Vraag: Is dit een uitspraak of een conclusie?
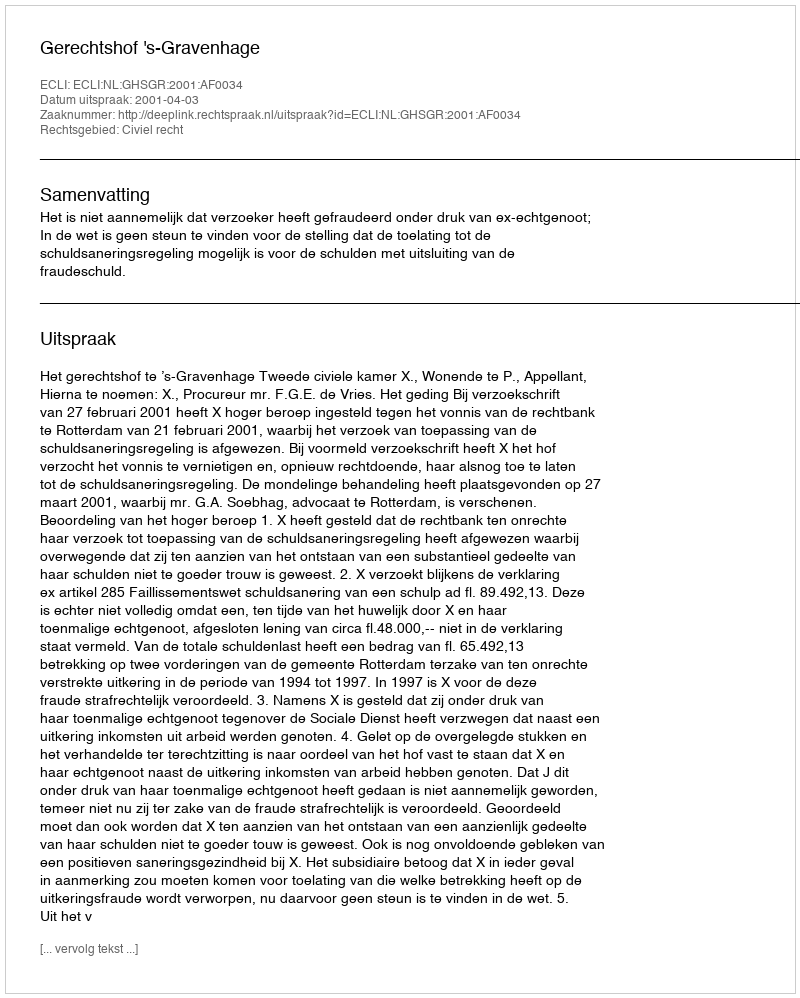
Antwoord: Uitspraak